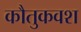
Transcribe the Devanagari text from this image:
कौतुकवश